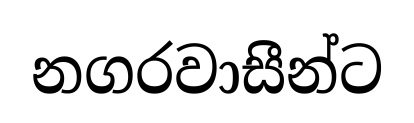
නගරවාසීන්ට